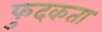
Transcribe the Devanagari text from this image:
फुदकता